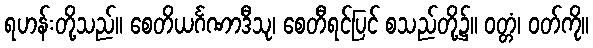
ရဟန်းတို့သည်။ စေတိယင်္ဂဏာဒီသု၊ စေတီရင်ပြင် စသည်တို့၌။ ဝတ္တံ၊ ဝတ်ကို။